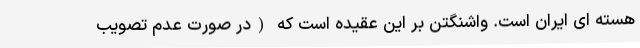
هسته ای ایران است. واشنگتن بر این عقیده است که (در صورت عدم تصویب